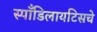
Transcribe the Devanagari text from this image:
स्पाँडिलायटिसचे